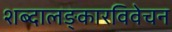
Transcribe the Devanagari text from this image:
शब्दालङ्कारविवेचन